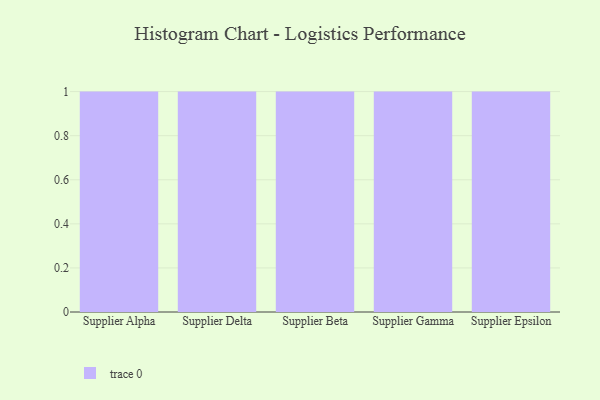
{"axis": {"x": "Supplier", "y": "Churn Rate (%)"}, "legend": [""], "data": [{"x": "Supplier Alpha", "y": 53, "type": ""}, {"x": "Supplier Delta", "y": 83, "type": ""}, {"x": "Supplier Beta", "y": 49, "type": ""}, {"x": "Supplier Gamma", "y": 6, "type": ""}, {"x": "Supplier Epsilon", "y": 80, "type": ""}]}